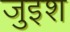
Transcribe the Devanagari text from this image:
जुइश